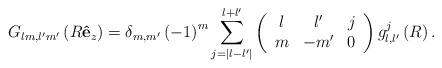
LaTeX: \begin{align*}G_{lm,l^{\prime}m^{\prime}}\left( R\mathbf{\hat{e}}_{z}\right)=\delta_{m,m^{\prime}}\left( -1\right) ^{m}\sum_{j=\left\vert l-l^{\prime}\right\vert }^{l+l^{\prime}}\left(\begin{array}[c]{ccc}l & l^{\prime} & j\\m & -m^{\prime} & 0\end{array}\right) g_{l,l^{\prime}}^{j}\left( R\right) .\end{align*}